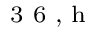
^ \textrm { \scriptsize 3 6 , h }